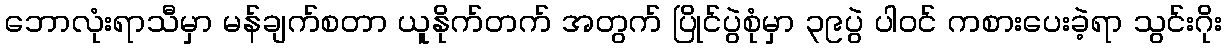
ဘောလုံးရာသီမှာ မန်ချက်စတာ ယူနိုက်တက် အတွက် ပြိုင်ပွဲစုံမှာ ၃၉ပွဲ ပါဝင် ကစားပေးခဲ့ရာ သွင်းဂိုး